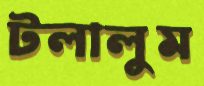
টলালুম